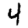
Digit: 4